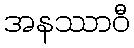
အနဿာဝီ